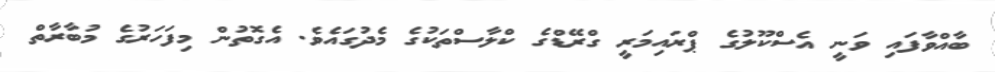
ބާއްވާފައި ވަނީ އެސްކޫލުގެ ޕްރައިމަރީ ގްރޭޑްގެ ކްލާސްތަކުގެ މެދުގައެވެ. އެގޮތުން މިފަހަރުގެ މުބާރާތް